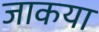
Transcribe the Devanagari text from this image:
जाकया